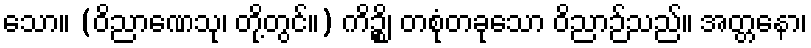
သော။ (ဝိညာဏေသု၊ တို့တွင်။) ကိဉ္စိ၊ တစုံတခုသော ဝိညာဉ်သည်။ အတ္တနော၊